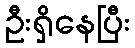
ဦးရှိနေပြီး